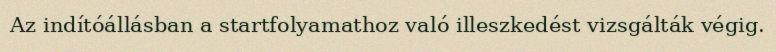
Az indítóállásban a startfolyamathoz való illeszkedést vizsgálták végig.